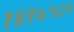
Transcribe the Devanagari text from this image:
१४१७५८०